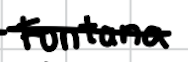
Text: Fontana
Cross-out: single-line
Writing tool: digital_black